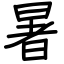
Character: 暑